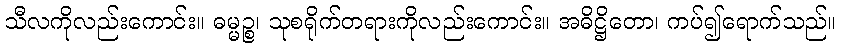
သီလကိုလည်းကောင်း။ ဓမ္မဉ္စ၊ သုစရိုက်တရားကိုလည်းကောင်း။ အဓိဋ္ဌိတော၊ ကပ်၍ရောက်သည်။